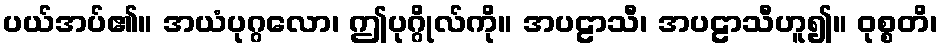
ပယ်အပ်၏။ အယံပုဂ္ဂလော၊ ဤပုဂ္ဂိုလ်ကို။ အပဠာသီ၊ အပဠာသီဟူ၍။ ဝုစ္စတိ၊